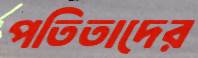
পতিতাদের